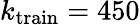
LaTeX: k_{\mathrm{train}}=450